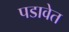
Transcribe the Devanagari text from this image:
पडावेत